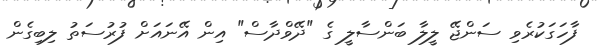
ފާހަގަކުރެވި ސަންޖޭ ލީލާ ބަންސާލީ ގެ "ދޭވްދާސް" އިން އޭނައަށް ފުރުސަތު ލިބިގެން